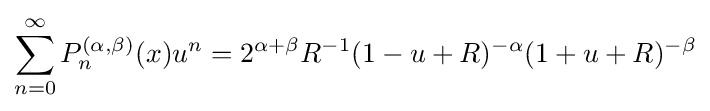
\sum _{n=0}^{\infty }P_{n}^{(\alpha ,\beta )}(x)u^{n}=2^{\alpha +\beta }R^{-1}(1-u+R)^{-\alpha }(1+u+R)^{-\beta }